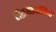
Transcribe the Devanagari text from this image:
बौद्धमतावल्बियों